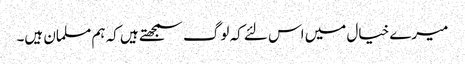
میرے خیال میں اس لئے کہ لوگ سمجھتے ہیں کہ ہم مسلمان ہیں۔